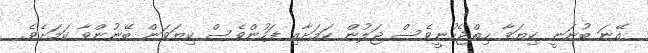
އޭނަ ބުނަނީ ކިޔަވާ ހިތްޖެހުނީވެސް ޖަލުން ކަމަށާއި ފަހުންވެސް ކިޔަވަން ބޭނުންވާ ކަމަށެވެ.